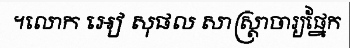
។លោក អៀ សុផល សាស្ត្រាចារ្យផ្នែក